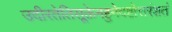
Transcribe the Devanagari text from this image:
उदीरतेतिसूक्तेनहुनेदष्टोत्तरंशतं